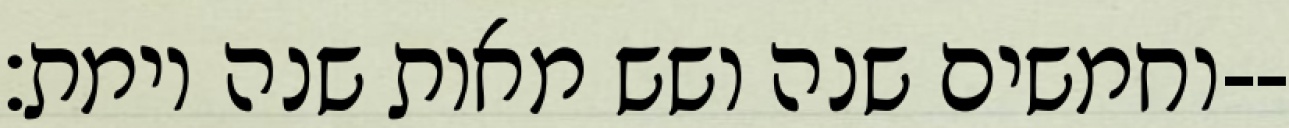
וחמשים שנה ושש מאות שנה וימת׃--